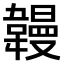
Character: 𫖏